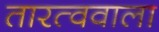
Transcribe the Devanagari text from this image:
तारत्ववाला